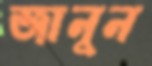
জানুন